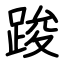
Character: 踆